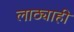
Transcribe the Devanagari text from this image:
लाठ्याही